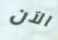
الآن